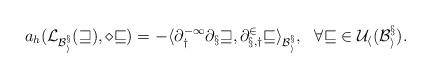
LaTeX: \begin{align*} a_{h}(\cal L_{B_i^x}(w), \Pi v)=-\langle\partial_y^{-1}\partial_x w,\partial^2_{x,y}v\rangle_{B_i^x},\ \ \forall v\in U_{h}(B_i^x).\end{align*}